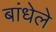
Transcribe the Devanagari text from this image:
बांधेले